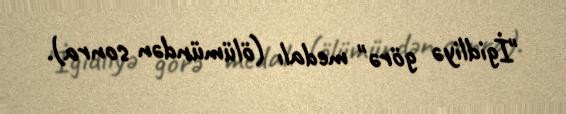
"İgidliyə görə" medalı (ölümündən sonra).